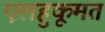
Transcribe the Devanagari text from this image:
एलहुकूमत